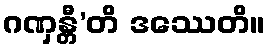
ဂဏှန္တီ’တိ ဒဿေတိ။